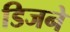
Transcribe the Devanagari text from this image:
डिजने